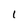
Character: I